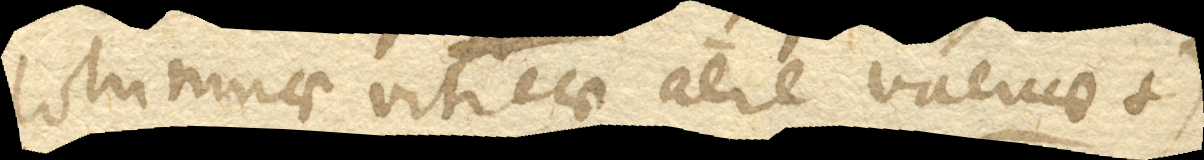
columnae vitreae aere vacuae +)